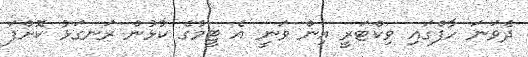
ދެވަނަ ހާފްގައި ވިކްޓަރީ އިން ވަނީ އެ ޓީމުގެ ކުޅުން ރަނގަޅު ކޮށްފަ